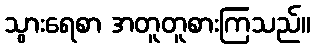
သွားရေစာ အတူတူစားကြသည်။